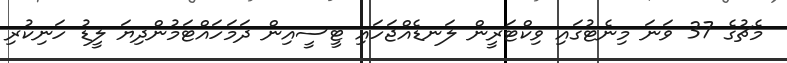
މެޗުގެ 37 ވަނަ މިނެޓުގައި ވިކްޓަރީން ލަނޑެއްޖަހައި ޓީސީއިން ދަމަހައްޓަމުންދިޔަ ލީޑު ހަނިކުރި